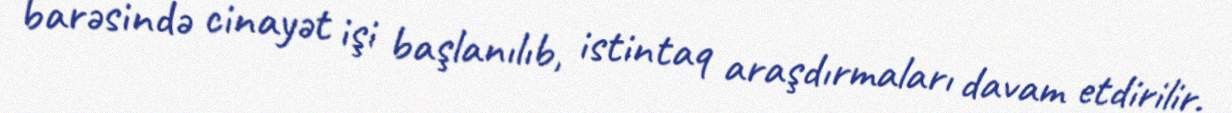
barəsində cinayət işi başlanılıb, istintaq araşdırmaları davam etdirilir.